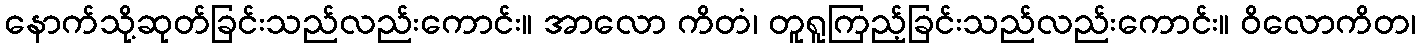
နောက်သို့ဆုတ်ခြင်းသည်လည်းကောင်း။ အာလော ကိတံ၊ တူရူကြည့်ခြင်းသည်လည်းကောင်း။ ဝိလောကိတ၊